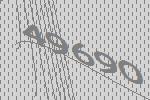
49690